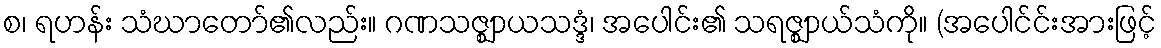
စ၊ ရဟန်း သံဃာတော်၏လည်း။ ဂဏသဇ္ဈာယသဒ္ဒံ၊ အပေါင်း၏ သရဇ္ဈာယ်သံကို။ (အပေါင်င်းအားဖြင့်